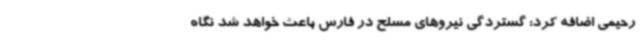
رحیمی اضافه کرد: گستردگی نیروهای مسلح در فارس باعث خواهد شد نگاه